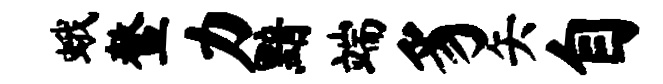
蛾鳌力黯端豸矢自